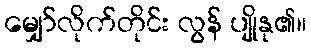
မျှော်လိုက်တိုင်း လွန် ပျိုနု၏။